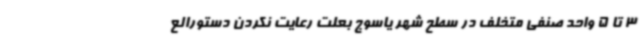
3 تا 5 واحد صنفی متخلف در سطح شهر یاسوج بعلت رعایت نکردن دستورالع